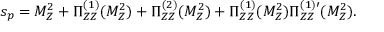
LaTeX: s _ { p } = M _ { Z } ^ { 2 } + \Pi _ { Z Z } ^ { ( 1 ) } ( M _ { Z } ^ { 2 } ) + \Pi _ { Z Z } ^ { ( 2 ) } ( M _ { Z } ^ { 2 } ) + \Pi _ { Z Z } ^ { ( 1 ) } ( M _ { Z } ^ { 2 } ) \Pi _ { Z Z } ^ { ( 1 ) \prime } ( M _ { Z } ^ { 2 } ) .